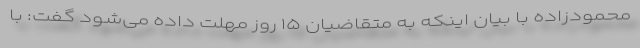
محمودزاده با بیان اینکه به متقاضیان ۱۵ روز مهلت داده می‌شود گفت: با